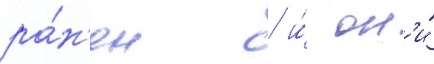
ра́н'ен / и́ он'и́